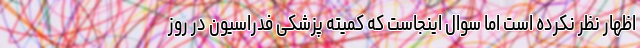
اظهار نظر نکرده است اما سوال اینجاست که کمیته پزشکی فدراسیون در روز